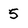
Character: 5